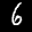
Label: 6